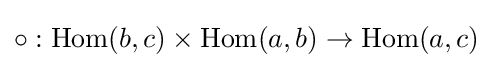
\circ :\operatorname {Hom} (b,c)\times \operatorname {Hom} (a,b)\to \operatorname {Hom} (a,c)